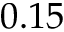
0 . 1 5